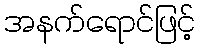
အနက်ရောင်ဖြင့်